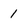
Character: 1